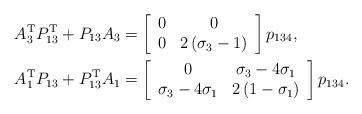
\begin{align*}A_{3}^{\mathrm{T}}P_{13}^{\mathrm{T}}+P_{13}A_{3} & =\left[\begin{array}[c]{cc}0 & 0\\0 & 2\left( \sigma_{3}-1\right)\end{array}\right] p_{134},\\A_{1}^{\mathrm{T}}P_{13}+P_{13}^{\mathrm{T}}A_{1} & =\left[\begin{array}[c]{cc}0 & \sigma_{3}-4\sigma_{1}\\\sigma_{3}-4\sigma_{1} & 2\left( 1-\sigma_{1}\right)\end{array}\right] p_{134}.\end{align*}